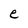
Character: e